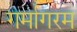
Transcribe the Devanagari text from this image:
गर्मागरम